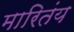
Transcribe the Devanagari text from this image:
मारितंय